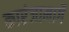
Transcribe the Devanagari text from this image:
कारंजामार्गे